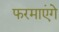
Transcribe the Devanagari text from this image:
फरमाएंगे